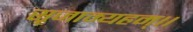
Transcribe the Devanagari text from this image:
सृजाम्यहम्।।